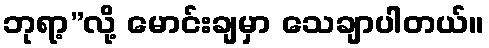
ဘုရာ့”လို့ မောင်းချမှာ သေချာပါတယ်။